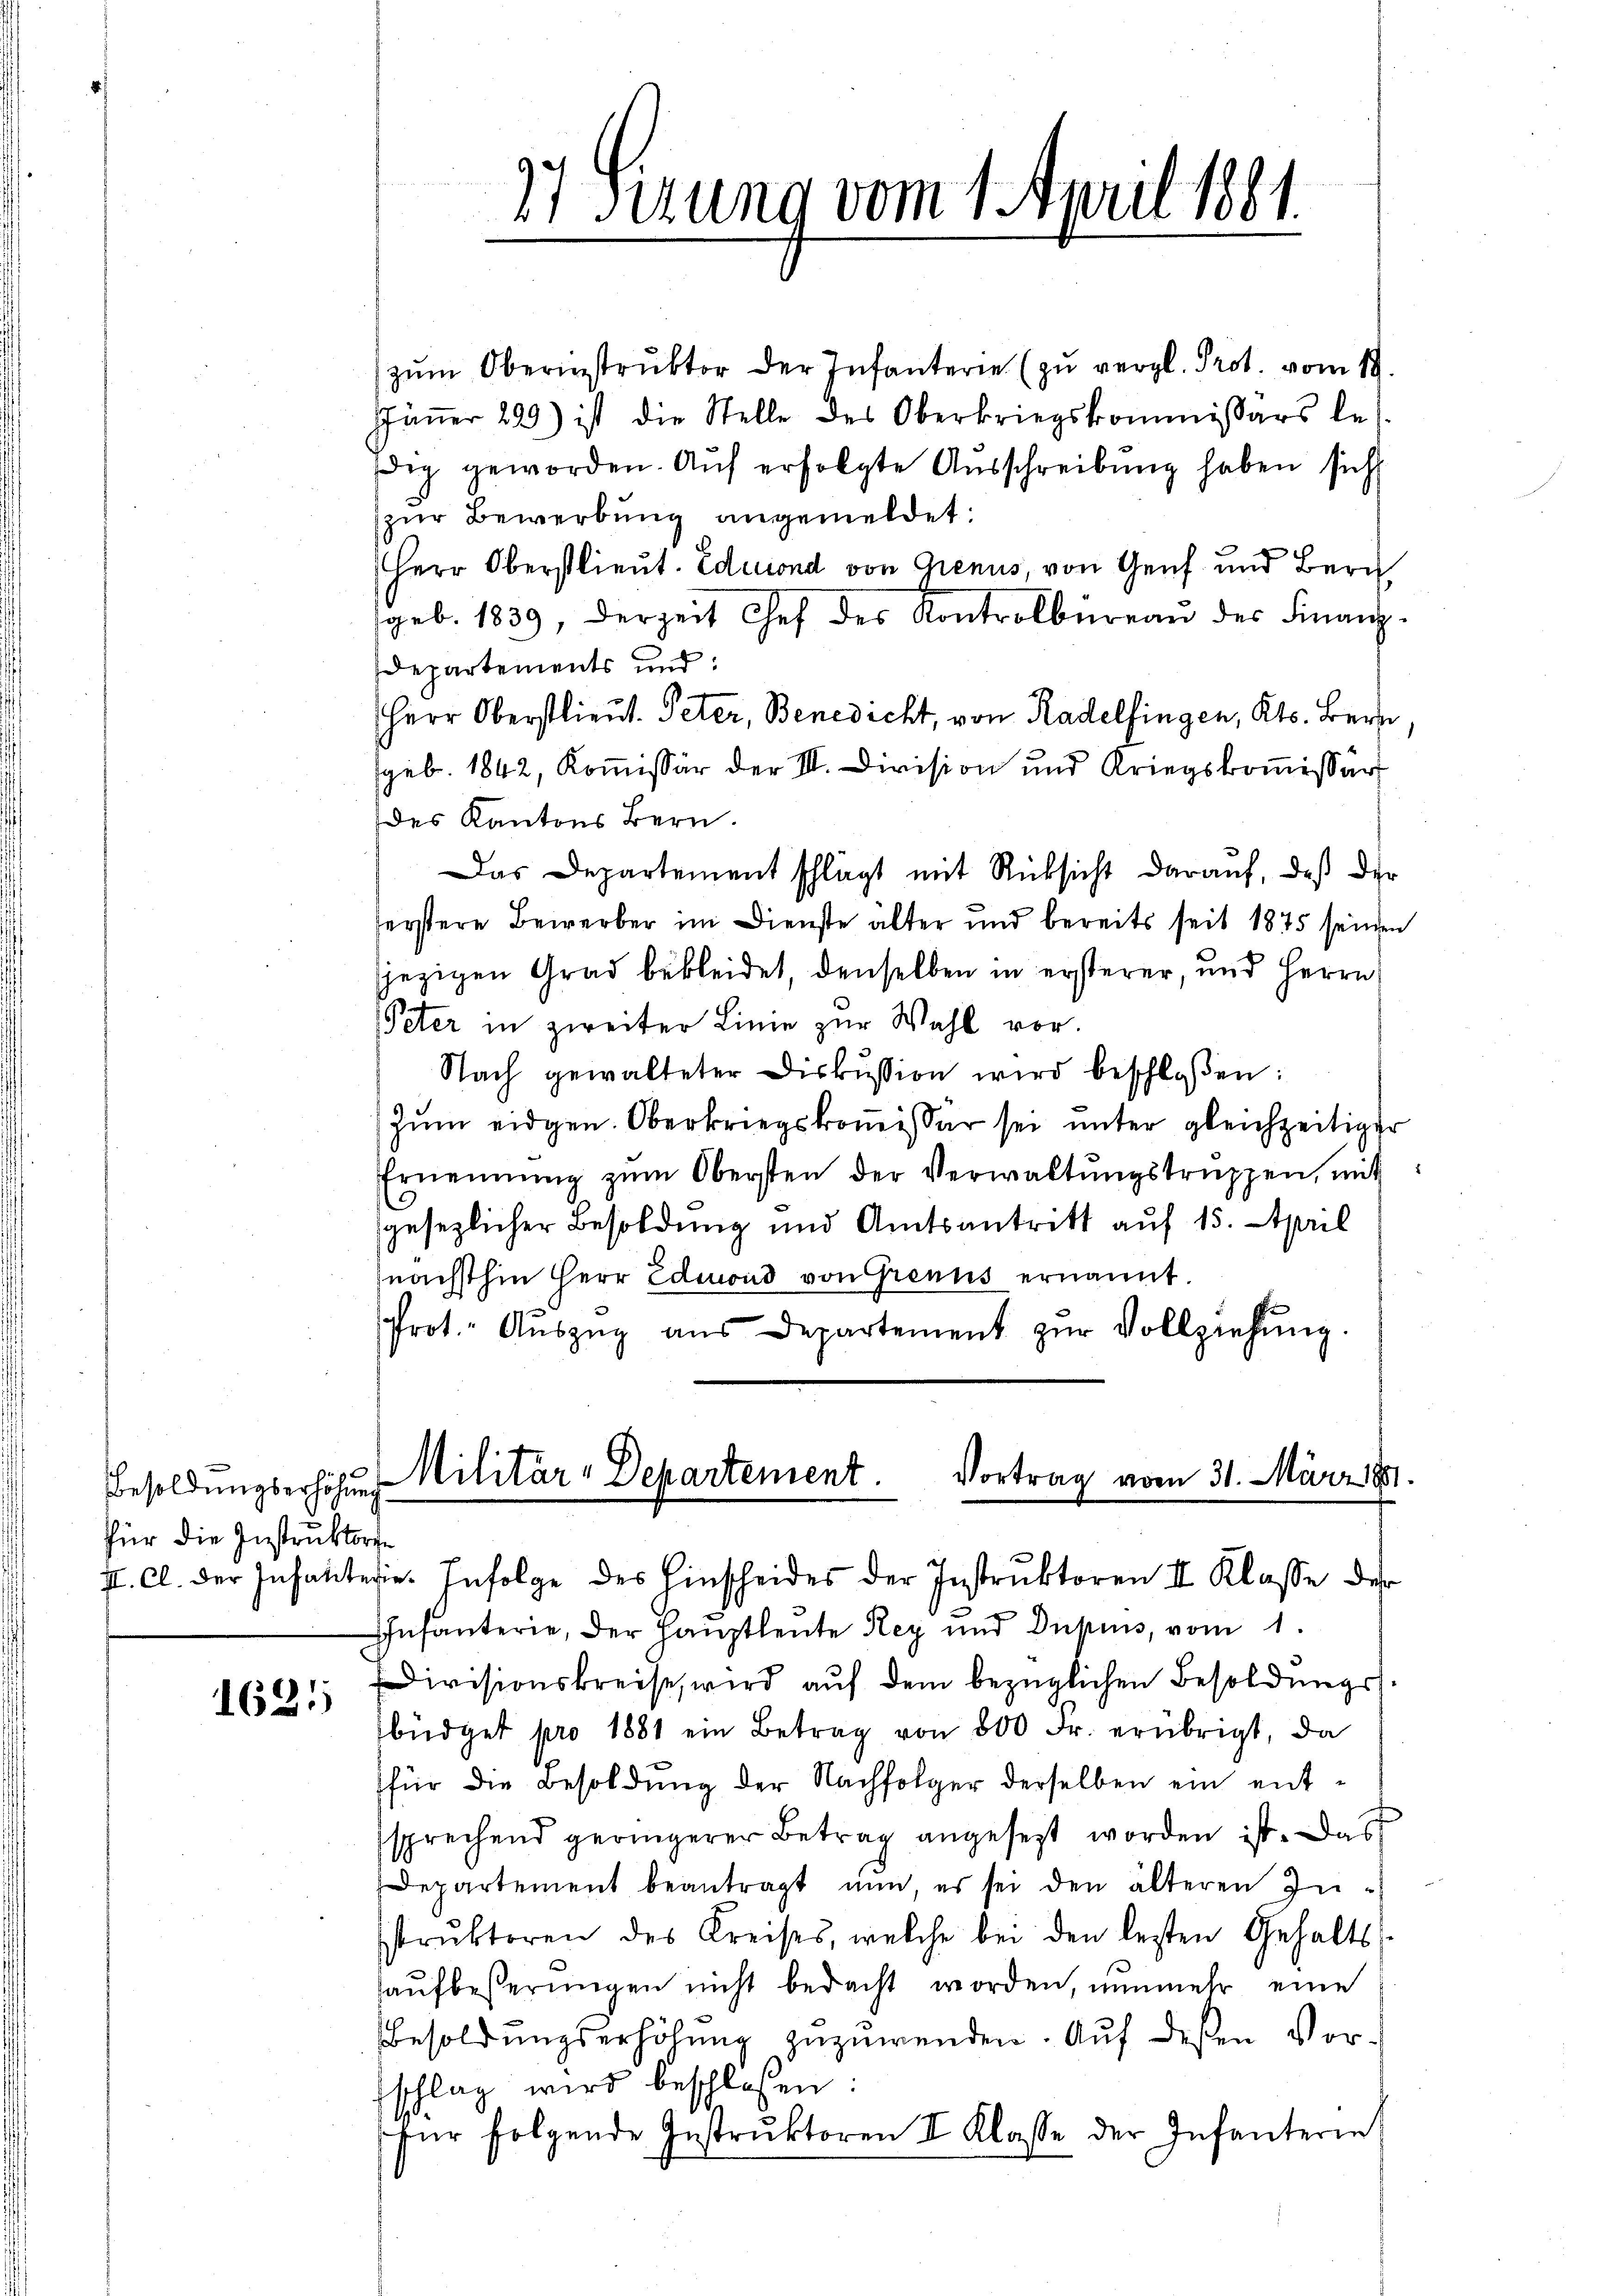
Besoldungserhöhung
für die Instruktore

1621

zŭm Oberinstruktor der Infanterie (zu vergl. Prot. vom 12.
Jäṅer 299) ist die Stelle des Oberkriegskommissärs les
dig geworden. Aŭf erfolgte Aŭsschreibung haben sich
zur Bewerbung angemeldet:
Herr Oberstlieut. Eduiond von Genus, von Genf und Bern
geb. 1839, derzeit Chef des Kontrolbureau der Finanz-
departements und:
Herr Oberstlieut. Peter, Benedicht, von Radelfingen, Kts. Bern
sgeb. 1842, Kommissär der II. Division und Kriegskommissär
des Kantons Bern.
Das Departement schlägt mit Rücksicht darauf, daß der
serstere Bewerber im Dienste älter und bereits seit 1875 seinen
jezigen Grad bekleidet, denselben in ersterer, und Herrn
Peter in zweiter Linie zur Wahl vor.
Nach gewalteter Diskussion wird beschloßen:
Zŭm eidgen. Oberkriegskoṁissär sei ŭnter gleichzeitiger
Ernennung zŭm Obersten der Verwaltŭngstruppen, mit:
sgesezlicher Besoldung und Amtsantritt auf 15. April
nächsthin Herr Edmond von Grenns ernannt.
Prot. Aŭszŭg aŭs Departement zŭr Vollziehŭng.

17 sezung vom 1. April 1881.

Militär-Departement.
Vortrag vom 31. März 1881
I. Cl. der Inhalterie. Infolge des Einscheides der Instruktoren II Klasse des

Infanterie, der Hauptleute Rey und Dupius, vom 1.
Divisionskreise, wird aŭf dem bezüglichen Besoldungsbüdget pro 1881 ein Betrag von 800 Fr. erübrigt, da
für die Besoldung der Nachfolger derselben ein entsprechend geringerer Betrag angesetzt worden ist. Das
departement beantragt nun, es sei den älteren Zustrŭktoren des Kreises, welche bei den lesten Gehalts-
aŭfbesserungen nicht bedacht worden, nunmehr eine
Besoldungserhöhung zuzuwenden. Auf deßen Vorfschlag wird beschlossen:
für folgende Instruktoren II Klasse der Infanterin